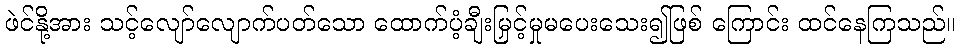
ဖဲင်နို့အား သင့်လျော်လျောက်ပတ်သော ထောက်ပံ့ချီးမြှင့်မှုမပေးသေး၍ဖြစ် ကြောင်း ထင်နေကြသည်။